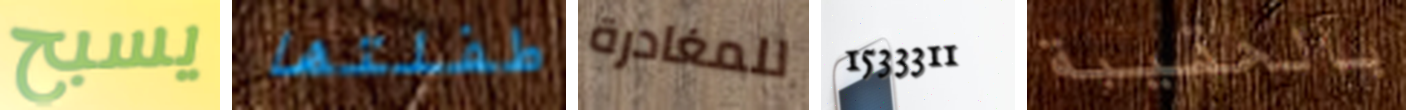
يسبح طفلتها للمغادرة 1533311 بالحقيبة